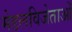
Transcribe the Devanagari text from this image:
मेडलविजेताओं